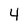
Character: 4